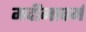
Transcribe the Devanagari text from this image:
मदीनावर्म